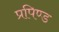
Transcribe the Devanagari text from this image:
प्रपिण्ड